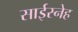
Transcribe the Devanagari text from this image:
साईस्नेह